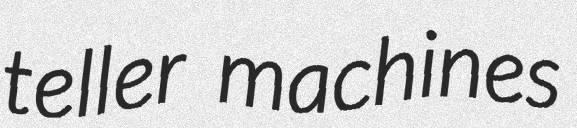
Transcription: teller machines